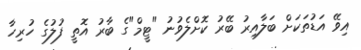
އިވޭ އަޑުތަކަށް ބަލާއިރު ބޭރު ކޮށްލެވުނު "ޓީމް"ގެ ބާރު އޮތީ ފުލުގެ ހުރިހާ